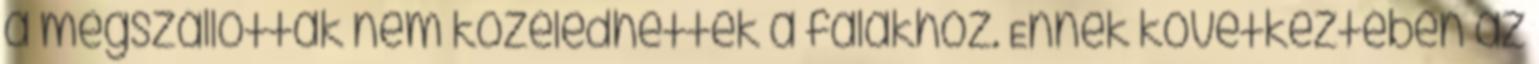
a megszállottak nem közeledhettek a falakhoz. Ennek következtében az